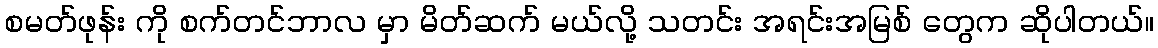
စမတ်ဖုန်း ကို စက်တင်ဘာလ မှာ မိတ်ဆက် မယ်လို့ သတင်း အရင်းအမြစ် တွေက ဆိုပါတယ်။